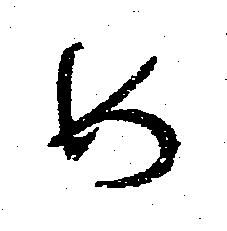
め